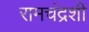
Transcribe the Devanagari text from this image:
रामचंद्रशी